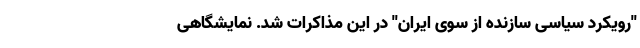
''رویکرد سیاسی سازنده از سوی ایران'' در این مذاکرات شد. نمایشگاهی